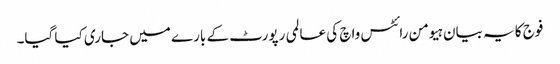
فوج کا یہ بیان ہیومن رائٹس واچ کی عالمی رپورٹ کے بارے میں جاری کیا گیا۔